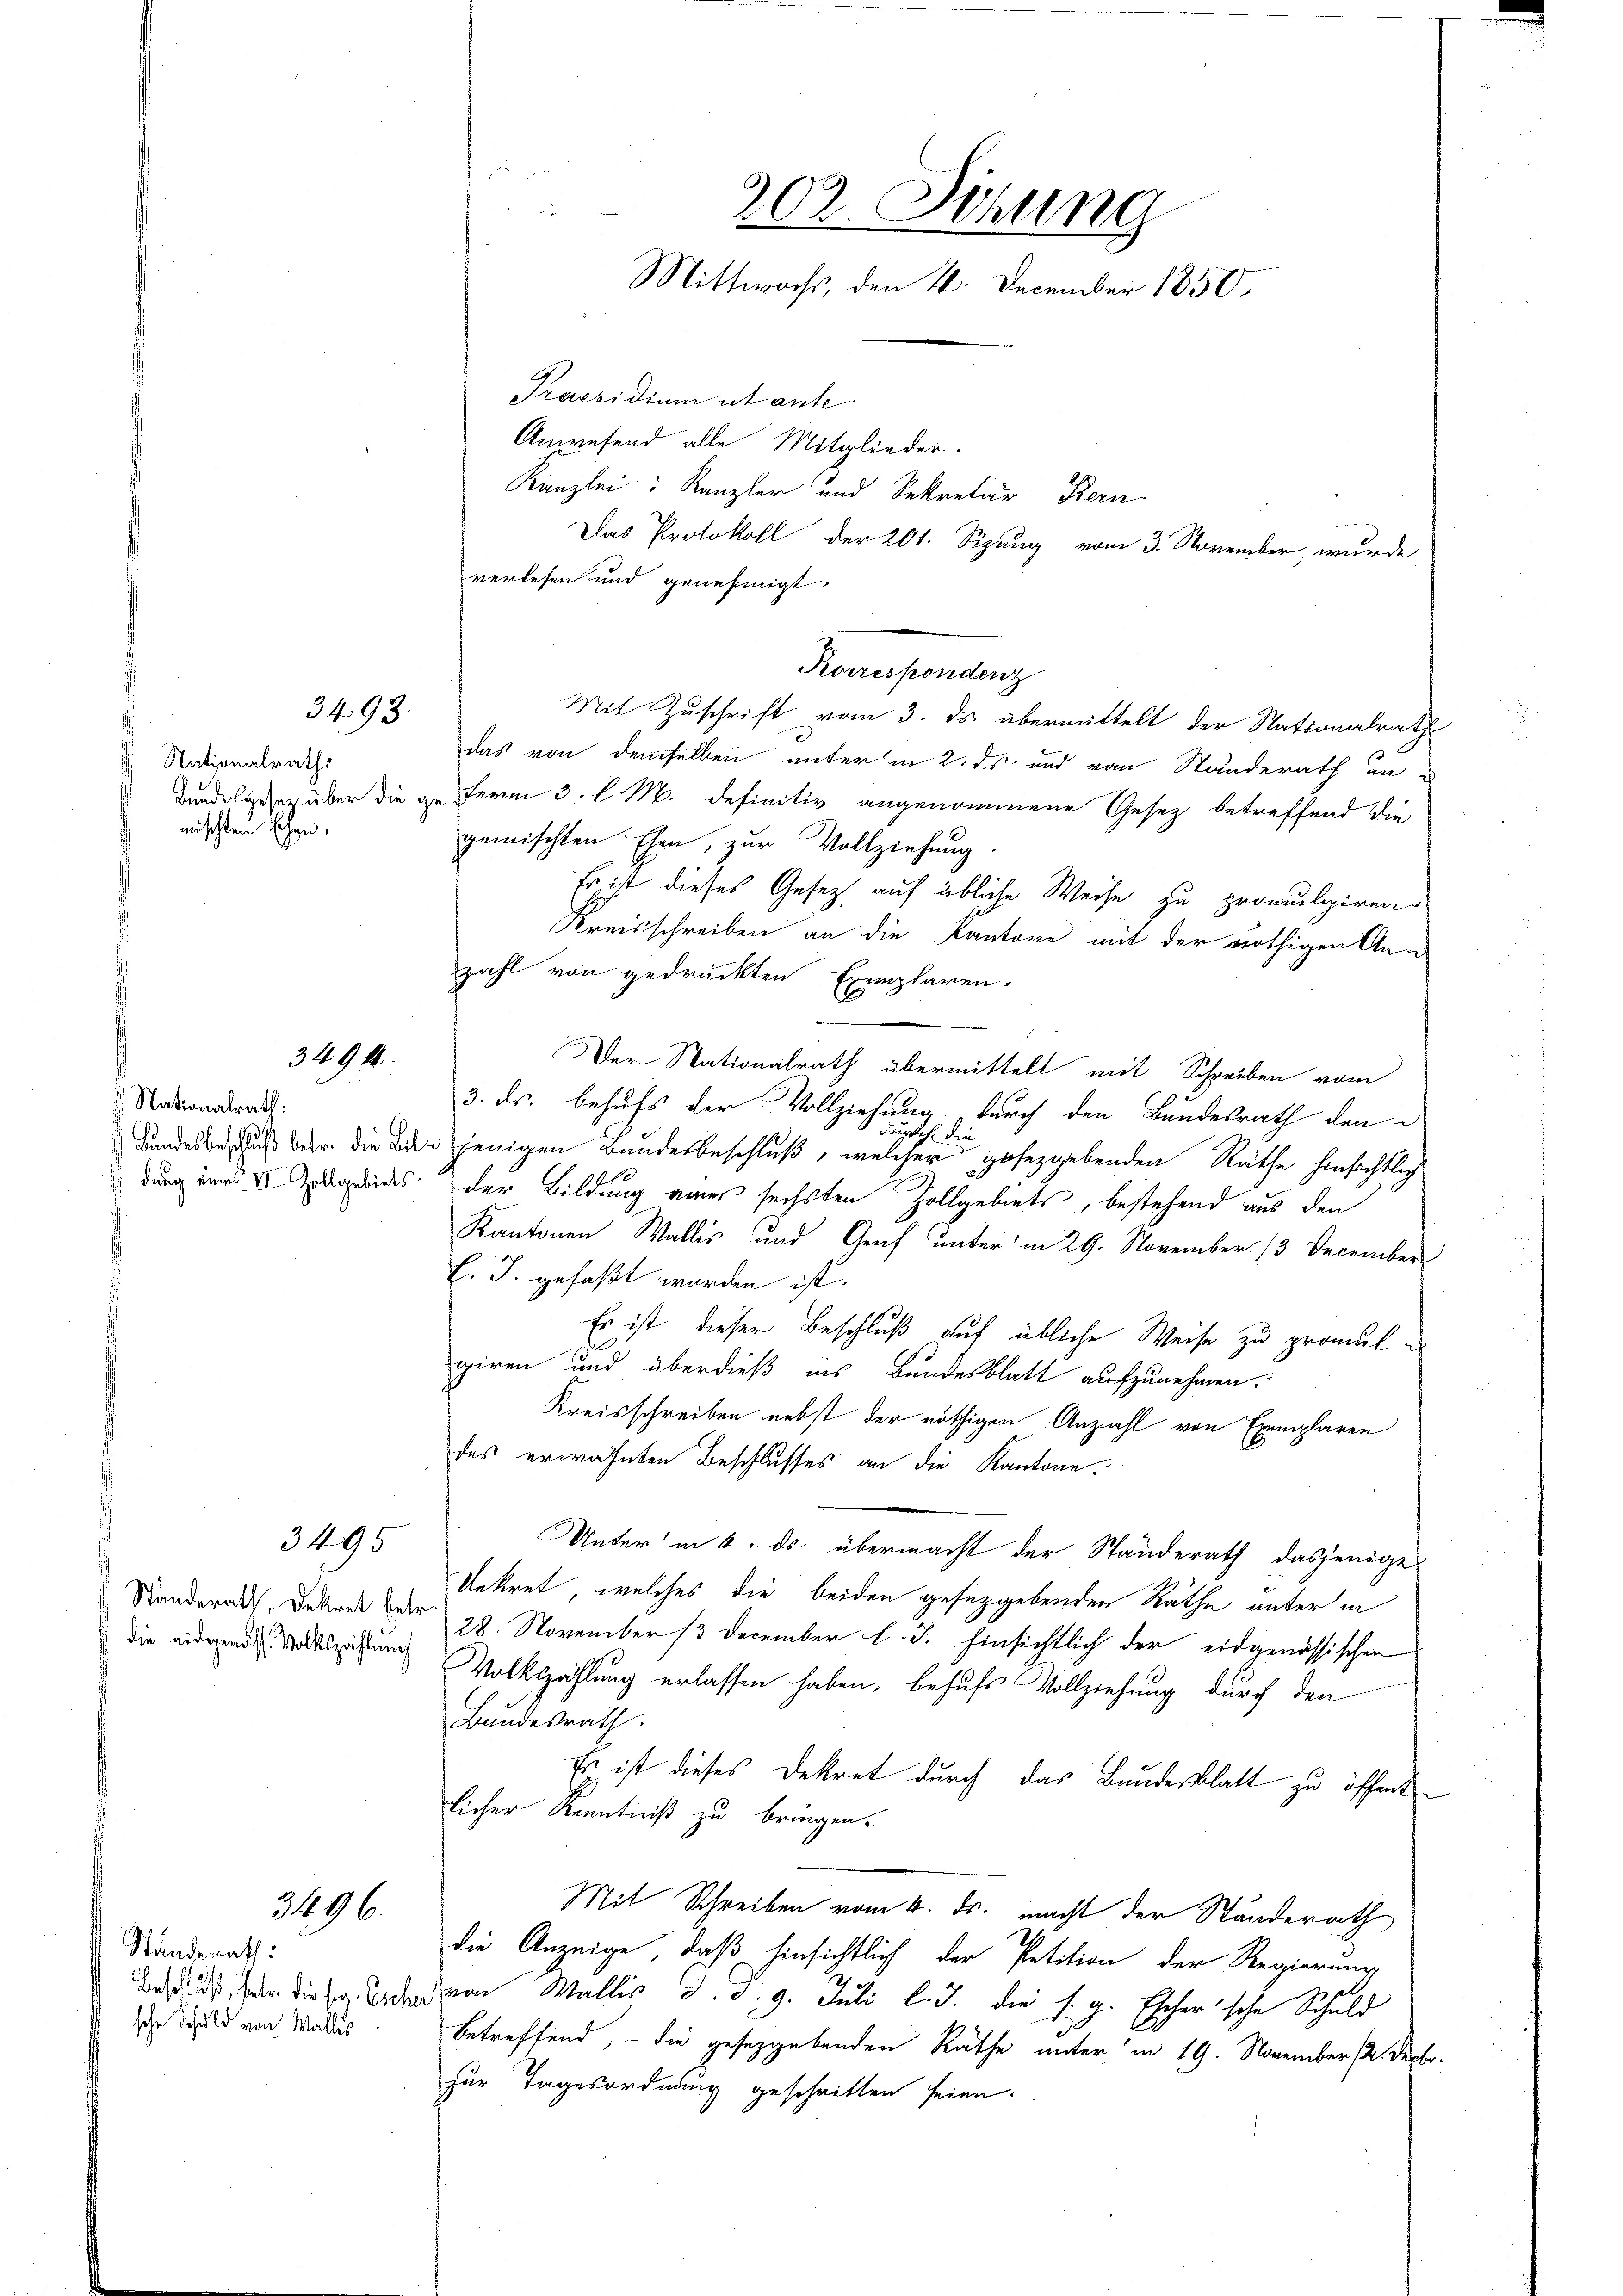
Nationalraths
Bundesgesetz über die ge
nischten Ehen.

3493.

3494.

Nationalrath.
dung eines VI. Zollgebiets

Standerath, Dekret betr.
die eidgenoss. Volkszählung

3495

3496.

Standerath:
sche Schuld von Wallis

Praesidium ut ante.
Anwesend alle Mitglieder-
Kanzlei: Kanzler und Sekretär Bern

verlesen und genehmigt.
Mit Zuschrift vom 3. ds. übermittelt der Stationalrath
das von demselben unter in 2. ds und vom Standerath in
ferm 3. l. M. definitiv angenommene Gesetz betreffend die
gemischten Ehen, zur Vollziehung.
Es ist dieses Gesetz auf übliche Weise zu promulpirend
Kreisschreiben an die Kantone mit der nöthigen Anzahl von gedruckten Exemplaren-
Der Stationalrath übermittelt mit Schreiben vom
3. ds. behufs der Vollziehung durch den Bundesrath den
unsch die
Kundesbeschluß betr. die Bei jenigen Bundesbeschluß, welcher gesetzgebenden Räthe hinsichtlich
der Bildung aus sechsten Zollgebiets, bestehend aus den
Kantonen Wallis und Genf unterm 29. November 13 December
l. J. gefaßt worden ist.
Er ist dieser Beschluß auf übliche Weise zu promulgiren und überdieß ins Bundesblatt aufzunehmen.
Kreisschreiben nebst der nöthigen Anzahl von Exemplaren
des erwähnten Beschlusses an die Kantone.
Unter in 4. ds. übermacht der Ständerath dasjenige
Unkret, welches die beiden gesetzgebenden Räthe unter in
28. November 13 December l. J. hinsichtlich der eidgenössischen
Volkszählung erlassen haben, behufs Vollziehung durch den
Bundesrath.
Es ist dieses Dekret durch das Bundesblatt zu öffentlicher Kenntniß zu bringen.
Mit Schreiben vom 4. ds. macht der Standerath
die Anzeige, daß hinsichtlich der Petition der Regierung
des den die er davon Wallis d. d. 9. Juli l. J. die s. g. Escherische Schuld
betreffend, - die gesetzgebenden Rathe unter in 19. November 2. Decbr.
zur Tagesordnung geschritten seien.

202. Sibung
Mittwochs, den 16. December 1850,

Koansonanz

Das Protokoll der 201. Sizung vom 3. November, wurde